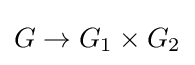
G\to G_{1}\times G_{2}